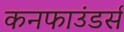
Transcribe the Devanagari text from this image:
कनफाउंडर्स